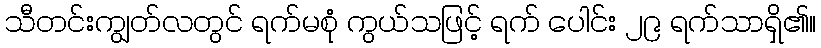
သီတင်းကျွတ်လတွင် ရက်မစုံ ကွယ်သဖြင့် ရက် ပေါင်း ၂၉ ရက်သာရှိ၏။